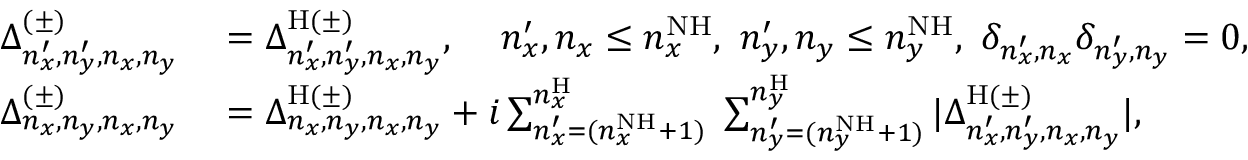
\begin{array} { r l } { \Delta _ { n _ { x } ^ { \prime } , n _ { y } ^ { \prime } , n _ { x } , n _ { y } } ^ { ( \pm ) } } & { { } = \Delta _ { n _ { x } ^ { \prime } , n _ { y } ^ { \prime } , n _ { x } , n _ { y } } ^ { \mathrm { H } ( \pm ) } , \, \, \, \, \, \, \, n _ { x } ^ { \prime } , n _ { x } \leq n _ { x } ^ { \mathrm { N H } } , \, \, n _ { y } ^ { \prime } , n _ { y } \leq n _ { y } ^ { \mathrm { N H } } , \, \, \delta _ { n _ { x } ^ { \prime } , n _ { x } } \delta _ { n _ { y } ^ { \prime } , n _ { y } } = 0 , } \\ { \Delta _ { n _ { x } , n _ { y } , n _ { x } , n _ { y } } ^ { ( \pm ) } } & { { } = \Delta _ { n _ { x } , n _ { y } , n _ { x } , n _ { y } } ^ { \mathrm { H } ( \pm ) } + i \sum _ { n _ { x } ^ { \prime } = ( n _ { x } ^ { \mathrm { N H } } + 1 ) } ^ { n _ { x } ^ { \mathrm { H } } } \; \sum _ { n _ { y } ^ { \prime } = ( n _ { y } ^ { \mathrm { N H } } + 1 ) } ^ { n _ { y } ^ { \mathrm { H } } } | \Delta _ { n _ { x } ^ { \prime } , n _ { y } ^ { \prime } , n _ { x } , n _ { y } } ^ { \mathrm { H } ( \pm ) } | , } \end{array}